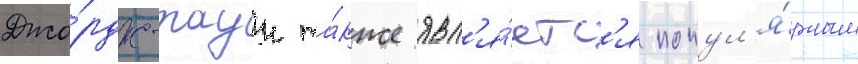
Джо́рдж-таун та́кже явл'я́етс'я попул'я́рным